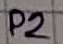
Text: P2